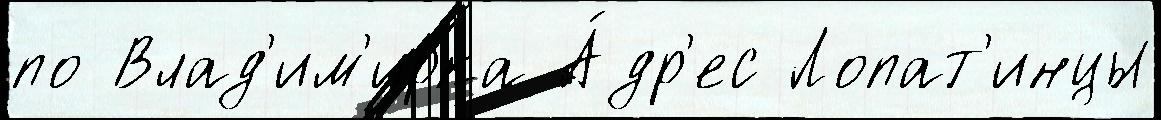
по Влад'им'ирка А́др'ес Лопат'инцы